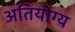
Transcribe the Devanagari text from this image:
अतियोग्य